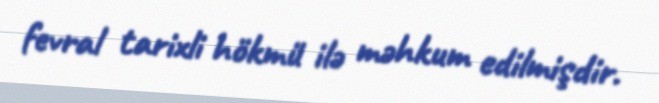
fevral tarixli hökmü ilə məhkum edilmişdir.